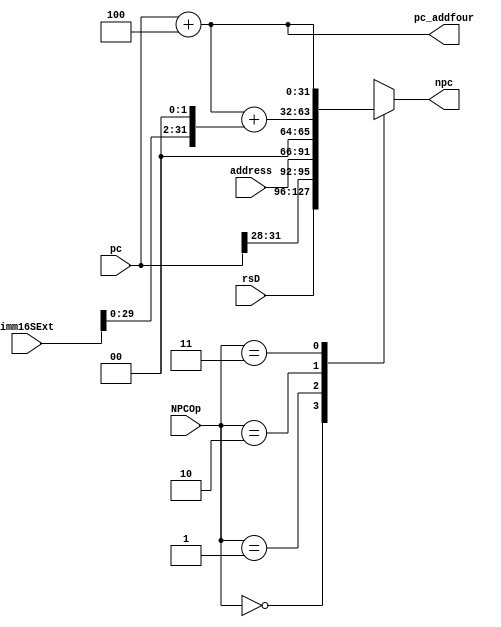
`timescale 1ns / 1ps
//////////////////////////////////////////////////////////////////////////////////
// Company: 
// Engineer: 
// 
// Design Name: 
// Module Name: NPC
// Project Name: 
// Target Devices: 
// Tool Versions: 
// Description: 
// 
// Dependencies: 
// 
// Revision:
// Revision 0.01 - File Created
// Additional Comments:
// 
//////////////////////////////////////////////////////////////////////////////////

//
module NPC(pc,npc,NPCOp,rsD,address,imm16SExt,pc_addfour);//NextPC
    input   [31:0] pc;//
    input   [25:0] address; //jadress
    input   [31:0] imm16SExt; //bne,beq
    input   [1:0]  NPCOp; //
    input   [31:0] rsD; //jr
    output  [31:0] pc_addfour; //pc+4
    output  reg [31:0] npc; //
    
    reg [27:0] midaddress;
      
    assign pc_addfour=pc+4; //
       
    always @ (*) begin
    case(NPCOp)//NPC
       2'b00 : begin  npc=rsD; end //jrjrpc rs
       2'b01 : begin  midaddress=address<<2;  npc={pc[31:28],midaddress[27:0]};end //j
       2'b10 : begin  npc=pc+4+(imm16SExt<<2); end //beq ,bne
       2'b11 : begin  npc=pc+4;end  //
    endcase
         
    end

endmodule